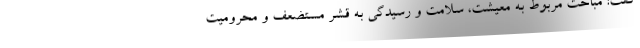
گفت: مباحث مربوط به معیشت، سلامت و رسیدگی به قشر مستضعف و محرومیت